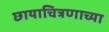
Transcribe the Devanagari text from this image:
छायाचित्रणाच्या